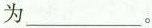
为___。